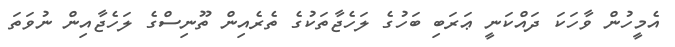
އެމީހުން ވާހަކަ ދައްކަނީ ޢަރަބި ބަހުގެ ލަހެޖާތަކުގެ ތެރެއިން ތޫނިސްގެ ލަހެޖާއިން ނުވަތަ